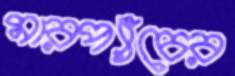
মারপ্যাঁচের